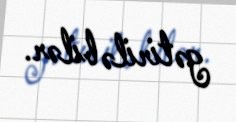
gətirilə bilər.